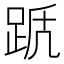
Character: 𨀭